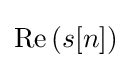
\operatorname {Re} {(s[n])}